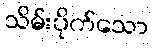
သိမ်းပိုက်သော